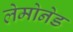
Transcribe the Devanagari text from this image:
लेमोनेड